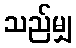
သည်မျှ